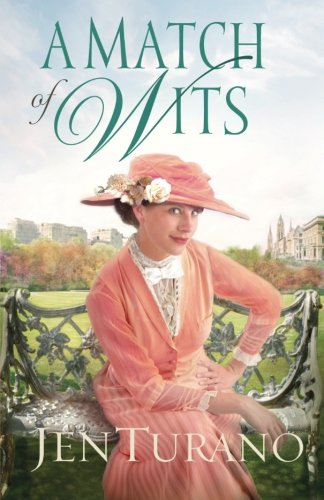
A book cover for A Match of Wits; Jen Turano; Romance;